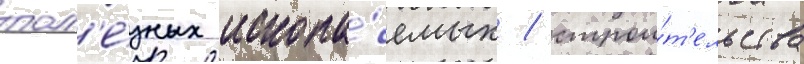
пол'е́зных ископа́емых / строи́т'ельства